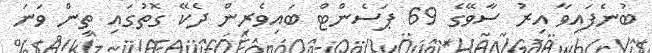
ބުނެފައިވާ އިރު ސާވޭގެ 69 ޕަސެންޓް ބައިވެރިން ދެކޭ ގޮތުގައި ތިން ވަނަ